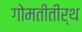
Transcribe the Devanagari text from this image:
गोमतीतीर्थ